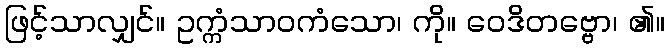
ဖြင့်သာလျှင်။ ဥက္ကံသာဝကံသော၊ ကို။ ဝေဒိတဗ္ဗော၊ ၏။